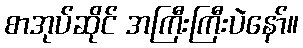
စာအုပ်ဆိုင် အကြီးကြီးပဲနော်။